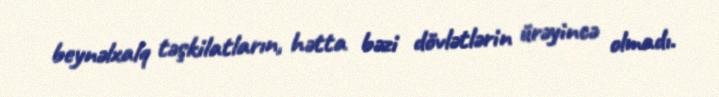
beynəlxalq təşkilatların, hətta bəzi dövlətlərin ürəyincə olmadı.